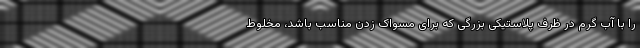
را با آب گرم در ظرف پلاستیکی بزرگی که برای مسواک زدن مناسب باشد، مخلوط